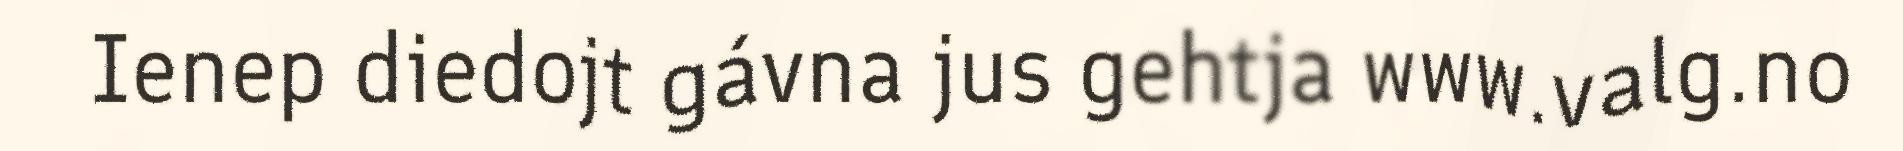
Ienep diedojt gávna jus gehtja www.valg.no